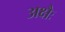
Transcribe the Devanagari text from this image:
अक्षैः